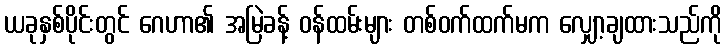
ယခုနှစ်ပိုင်းတွင် ဂေဟာ၏ အမြဲခန့် ဝန်ထမ်းများ တစ်ဝက်ထက်မက လျှော့ချထားသည်ကို